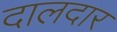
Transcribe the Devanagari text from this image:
दालदार